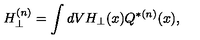
H _ { \perp } ^ { ( n ) } = \int d V H _ { \perp } ( x ) Q ^ { * ( n ) } ( x ) ,